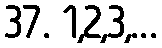
37. 1,2,3,...